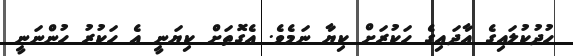
ހުދުކުލައިގެ އާދައިގެ ހަކުރަށް ކިޔާ ނަމެވެ. އެގޮތަށް ކިޔަނީ އެ ހަކުރު ހުންނަނީ